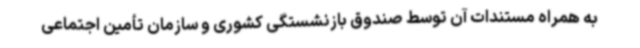
به همراه مستندات آن توسط صندوق بازنشستگی کشوری و سازمان تأمین اجتماعی